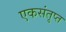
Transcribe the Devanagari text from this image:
एकसंतृप्त